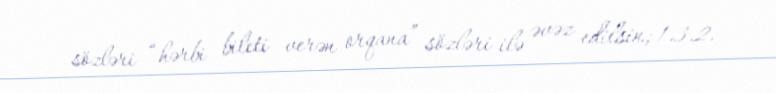
sözləri “hərbi bileti verən orqana” sözləri ilə əvəz edilsin; 1.3.2.